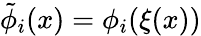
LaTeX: \tilde{\phi}_{i}(x)=\phi_{i}(\xi(x))